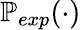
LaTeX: \mathbb{P}_{exp}(\cdot)